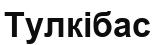
Тулкібас